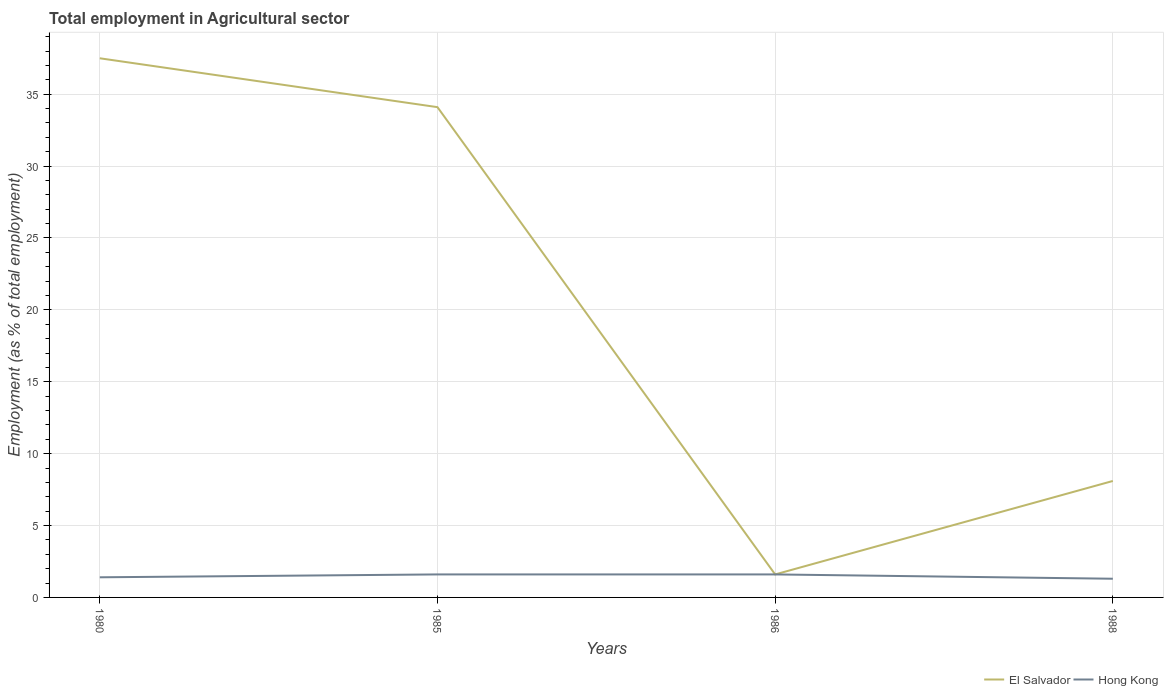
| Years | El Salvador | Hong Kong |
 | --- | --- | --- |
 | 1980 | 37.5 | 1.4 |
 | 1985 | 34.1 | 1.6 |
 | 1986 | 1.6 | 1.6 |
 | 1988 | 8.1 | 1.3 |